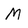
Character: m